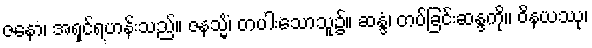
ဇနော၊ အရှင်ရဟန်းသည်။ ဇနသ္မိံ၊ တပါးသောသူ၌။ ဆန္ဒံ၊ တပ်ခြင်းဆန္ဒကို။ ဝိနယဿု၊